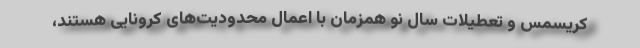
کریسمس و تعطیلات سال نو همزمان با اعمال محدودیت‌های کرونایی هستند،